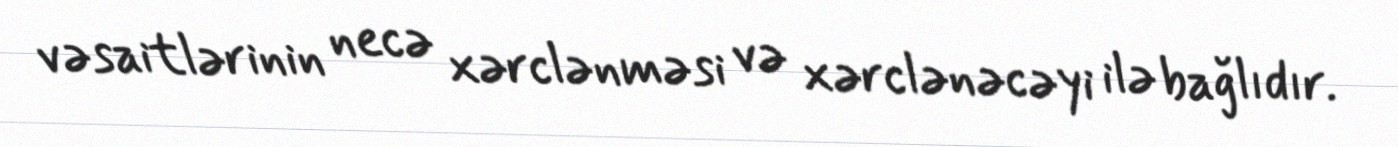
vəsaitlərinin necə xərclənməsi və xərclənəcəyi ilə bağlıdır.